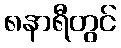
၈နာရီတွင်